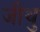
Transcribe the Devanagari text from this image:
जीथु